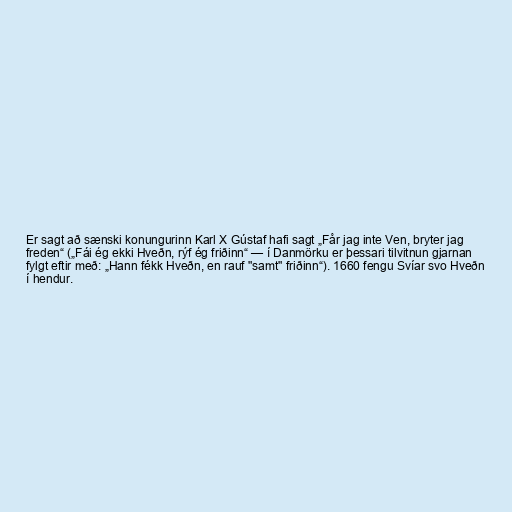
Er sagt að sænski konungurinn Karl X Gústaf hafi sagt „Får jag inte Ven, bryter jag
freden“ („Fái ég ekki Hveðn, rýf ég friðinn“ — í Danmörku er þessari tilvitnun gjarnan
fylgt eftir með: „Hann fékk Hveðn, en rauf "samt" friðinn“). 1660 fengu Svíar svo Hveðn
í hendur.